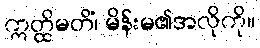
ဣတ္ထိမတိံ၊ မိန်းမ၏အလိုကို။